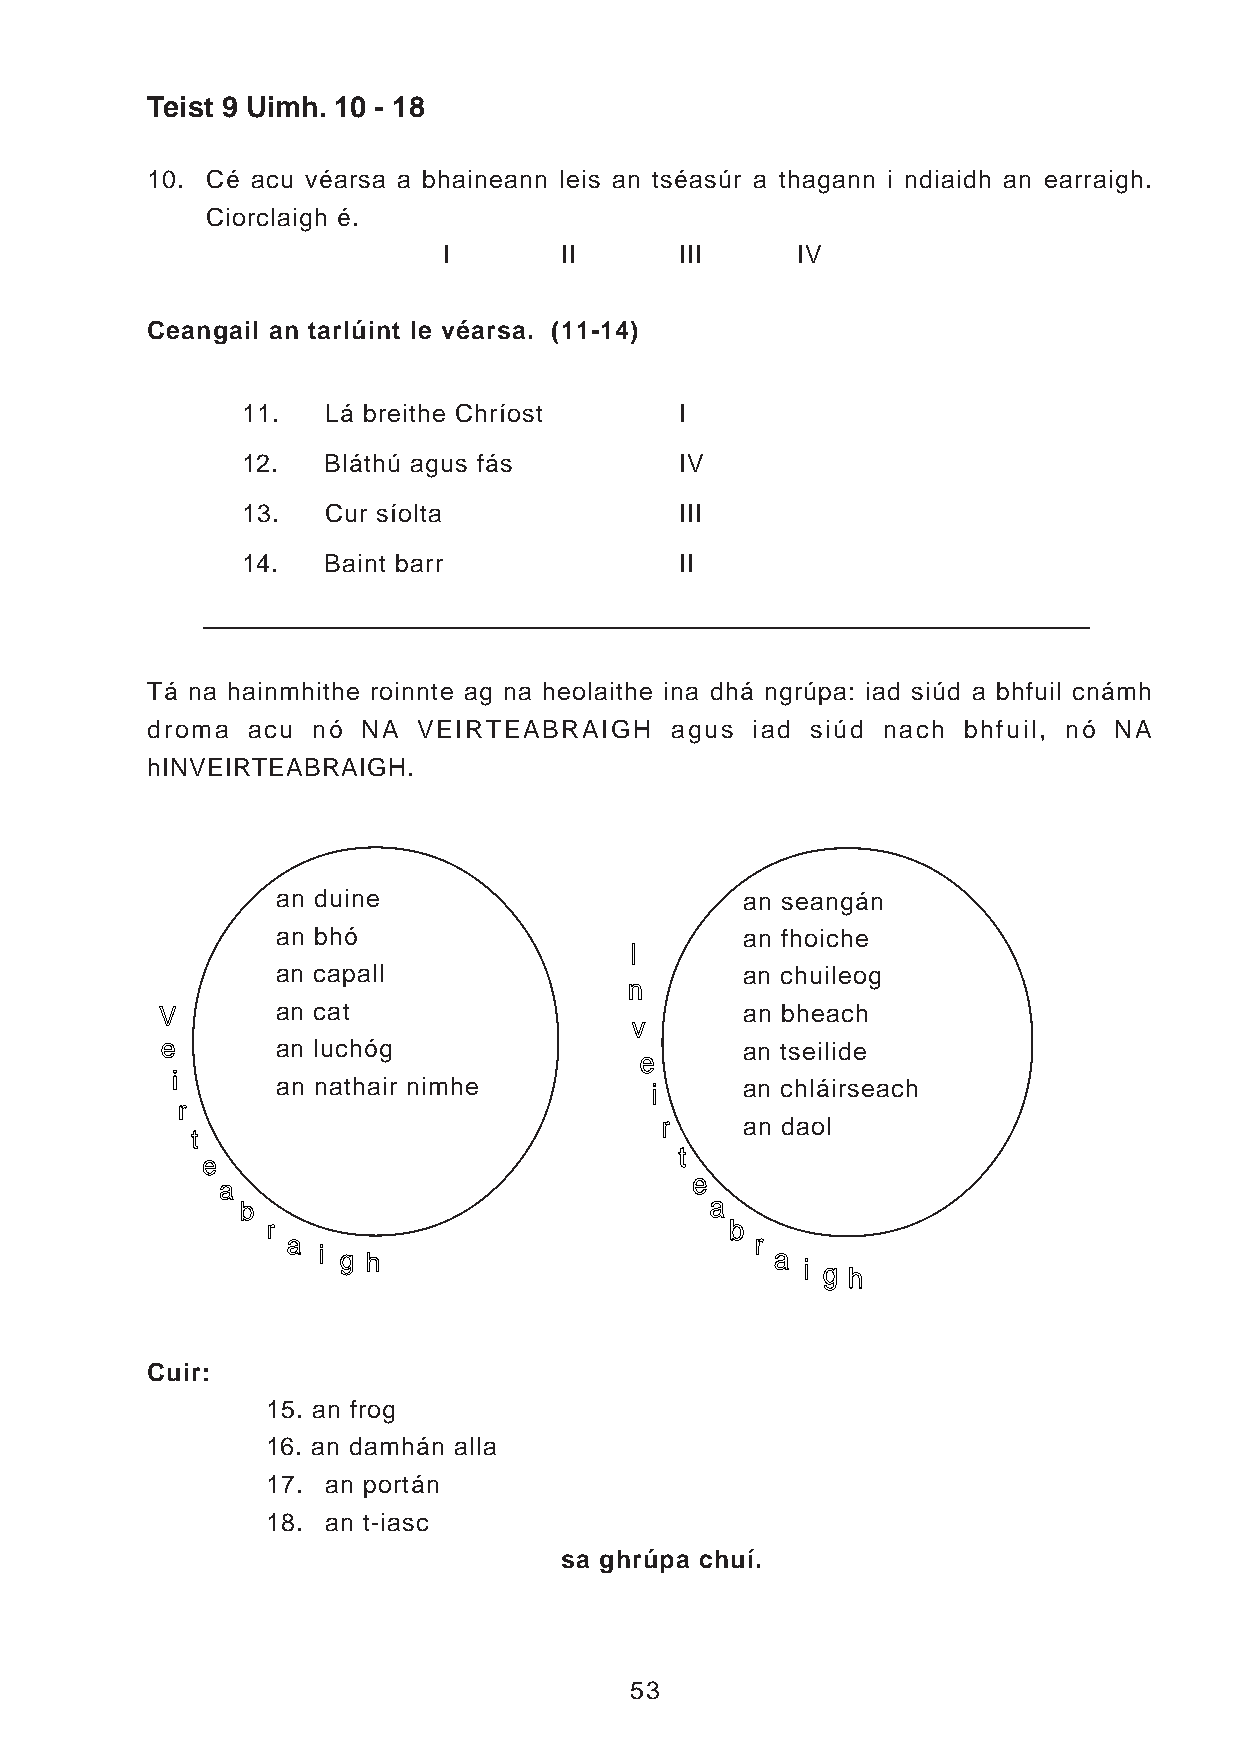
Teist 9 Uimh. 10 - 18
 10. Cé acu véarsa a bhaineann leis an tséasúr a thagann i ndiaidh an earraigh.
 Ciorclaigh é.
 I       II      III     IV
 Ceangail an tarlúint le véarsa. (11-14)
 11.  Lá breithe Chríost      I
 12.  Bláthú agus fás         IV
 13.  Cur síolta              III
 14.  Baint barr              II
 Tá na hainmhithe roinnte ag na heolaithe ina dhá ngrúpa: iad siúd a bhfuil cnámh
 droma acu  nó NA  VEIRTEABRAIGH   agus  iad siúd nach bhfuil, nó NA
 hINVEIRTEABRAIGH.
 an duine                       an seangán
 an bhó                         an fhoiche
 I
 an capall                      an chuileog
 n
 V      an cat                         an bheach
 v
 e      an luchóg                      an tseilide
 e
 i
 an nathair nimhe         i     an chláirseach
 r
 r    an daol
 t
 t
 e
 e
 a
 b                              a
 r                             b
 a                              r
 i g h                         a
 i g h
 Cuir:
 15. an frog
 16. an damhán alla
 17. an portán
 18. an t-iasc
 sa ghrúpa chuí.
 53